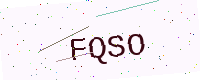
Text: FQSO